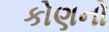
કોણનો